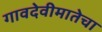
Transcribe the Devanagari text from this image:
गावदेवीमातेचा